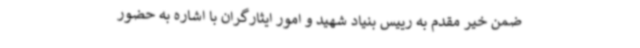
ضمن خیر مقدم به رییس بنیاد شهید و امور ایثارگران با اشاره به حضور